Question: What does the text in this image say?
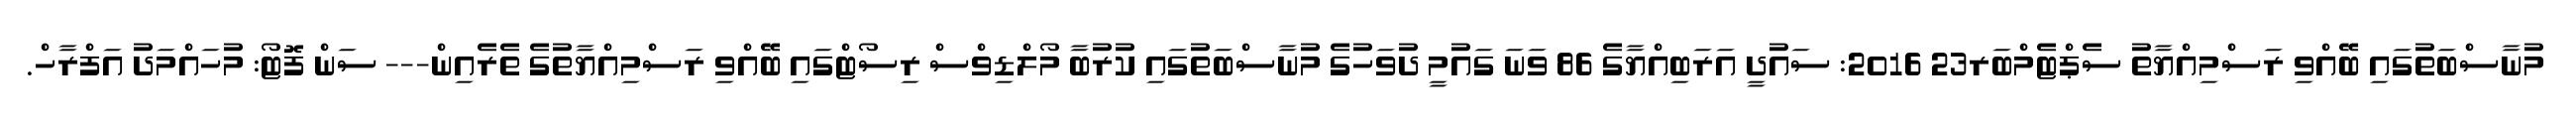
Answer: މުނާސްބަތުގައި ބޭއްވި ރަސްމިއްޔާތު ސެޕްޓެމްބަރ23 2016: ސައުދީ އަރަބިއްޔާގެ 86 ވަނަ ގައުމީ ދުވަހުގެ މުނާސްބަތުގައި ކުރުބާ މޯލްޑިވްސް ރިސޯޓްގައި ބޭއްވި ރަސްމިއްޔާތުގެ ތެރެއިން--- ސަން ފޮޓޯ: މުހައްމަދު އަފްރާހް.